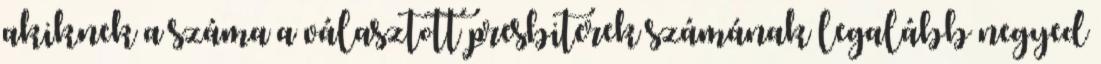
akiknek a száma a választott presbiterek számának legalább negyed